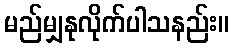
မည်မျှနုလိုက်ပါသနည်း။